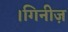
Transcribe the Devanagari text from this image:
।गिनीज़